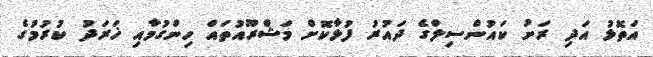
އަތޮޅު އަދި ރަށު ކައުންސިލްގެ ދައުރު ފުޅާކޮށް މަޝްރޫއުތައް ހިންގުމާއި ޚަރަދު ކުރުމުގެ